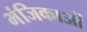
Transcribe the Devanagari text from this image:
भंजिकाओं